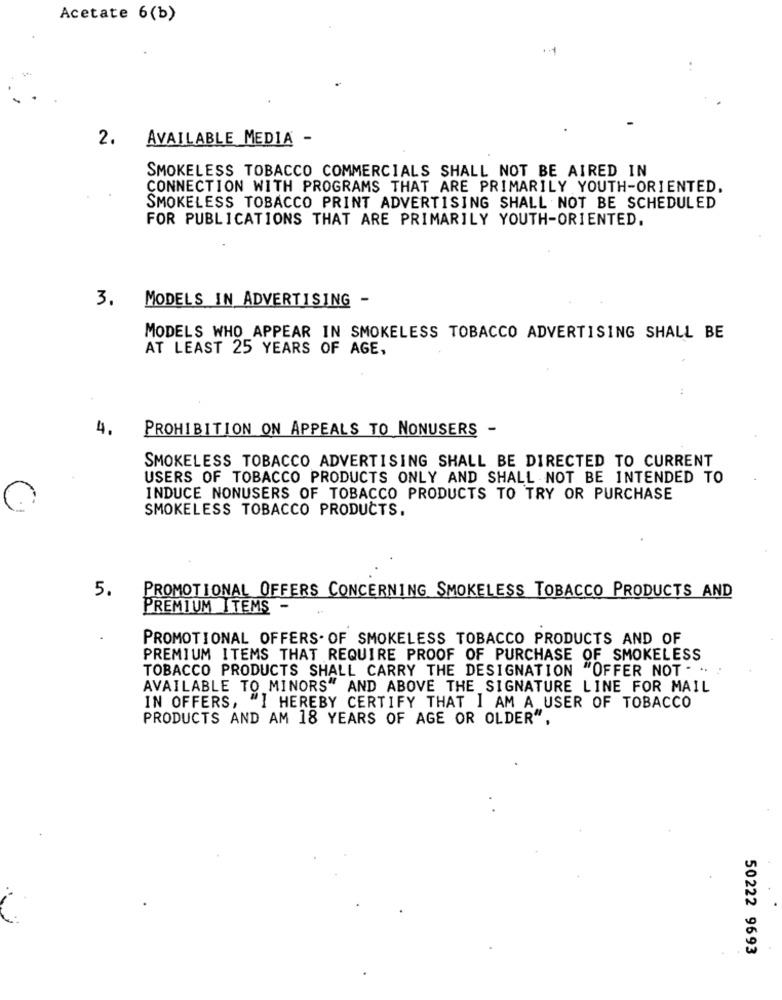
Acetate 6(b)
2. AVAILABLE MEDIA -
SMOKELESS TOBACCO COMMERCIALS SHALL NOT BE AIRED IN
CONNECTION WITH PROGRAMS THAT ARE PRIMARILY YOUTH-ORIENTED.
SMOKELESS TOBACCO PRINT ADVERTISING SHALL NOT BE SCHEDULED
FOR PUBLICATIONS THAT ARE PRIMARILY YOUTH-ORIENTED.
3.
MODELS IN ADVERTISING -
MODELS WHO_APPEAR IN SMOKELESS TOBACCO ADVERTISING SHALL BE
AT LEAST 25 YEARS OF AGE,
4.
PROHIBITION ON APPEALS TO NONUSERS -
SMOKELESS TOBACCO ADVERTISING SHALL BE DIRECTED TO CURRENT
USERS OF TOBACCO PRODUCTS ONLY AND SHALL NOT BE INTENDED TO
INDUCE NONUSERS OF TOBACCO PRODUCTS TO TRY OR PURCHASE
SMOKELESS TOBACCO PRODUCTS.
5.
PROMOTIONAL OFFERS CONCERNING SMOKELESS TOBACCO PRODUCTS AND
PREMIUM ITEMS -
PROMOTIONAL OFFERS. OF SMOKELESS TOBACCO PRODUCTS AND OF
PREMIUM ITEMS THAT REQUIRE PROOF OF PURCHASE OF SMOKELESS
TOBACCO PRODUCTS SHALL CARRY THE DESIGNATION "OFFER NOT . .. .
AVAILABLE TO MINORS" AND ABOVE THE SIGNATURE LINE FOR MAIL
IN OFFERS, "I HEREBY CERTIFY THAT I AM A USER OF TOBACCO
PRODUCTS AND AM 18 YEARS OF AGE OR OLDER",
50222 9693